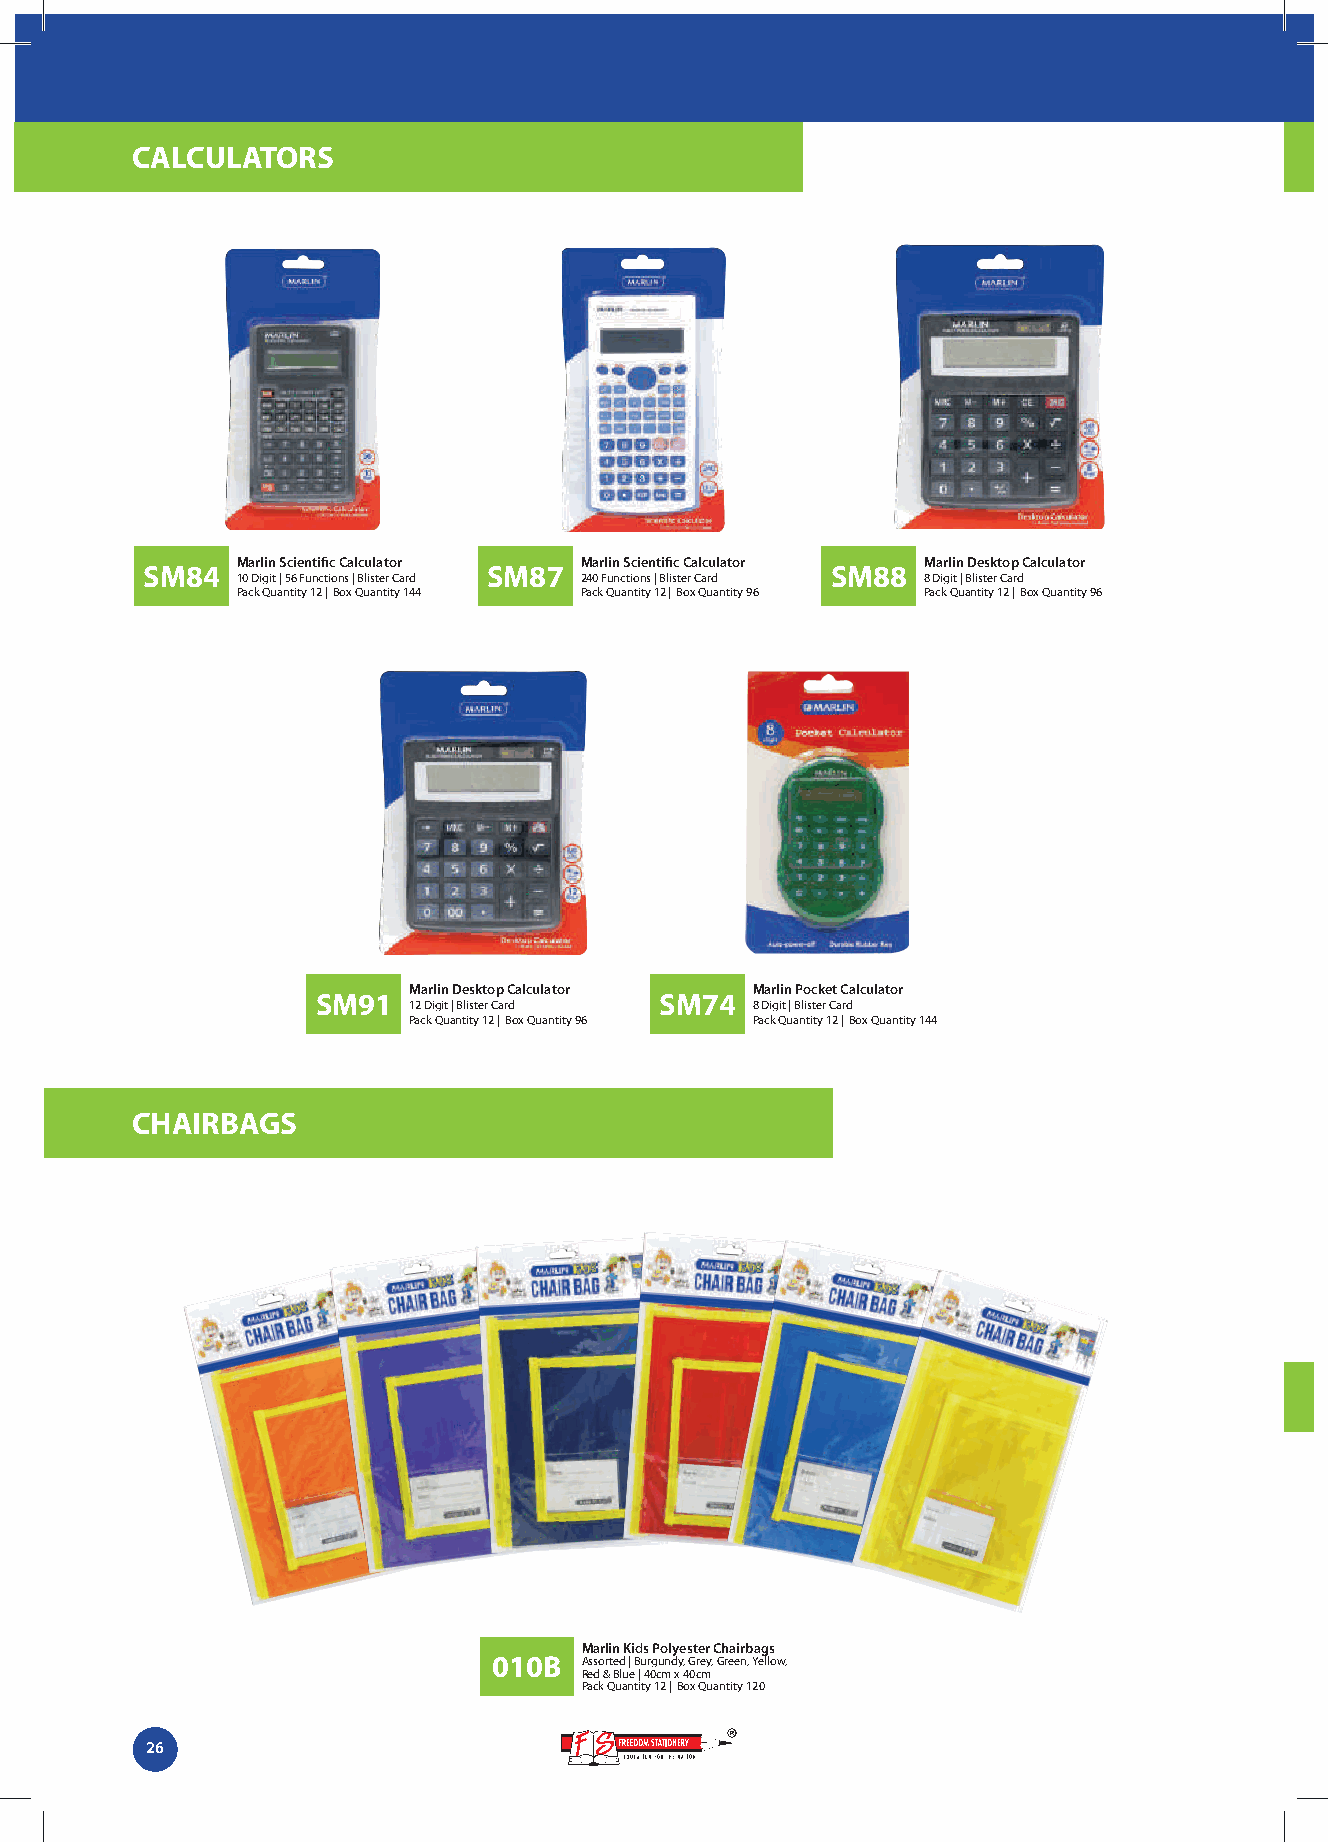
CALCULATORS
 Marlin Scientific Calculator Marlin Scientific Calculator Marlin Desktop Calculator
 SM84                   SM87                   SM88
 10 Digit | 56 Functions | Blister Card 240 Functions | Blister Card 8 Digit | Blister Card
 Pack Quantity 12 | Box Quantity 144 Pack Quantity 12 | Box Quantity 96 Pack Quantity 12 | Box Quantity 96
 Marlin Desktop Calculator Marlin Pocket Calculator
 SM91                   SM74
 12 Digit | Blister Card 8 Digit | Blister Card
 Pack Quantity 12 | Box Quantity 96 Pack Quantity 12 | Box Quantity 144
 CHAIRBAGS
 Marlin Kids Polyester Chairbags
 010B Assorted | Burgundy, Grey, Green, Yellow,
 Red & Blue | 40cm x 40cm
 Pack Quantity 12 | Box Quantity 120
 26